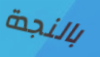
بالنجدة